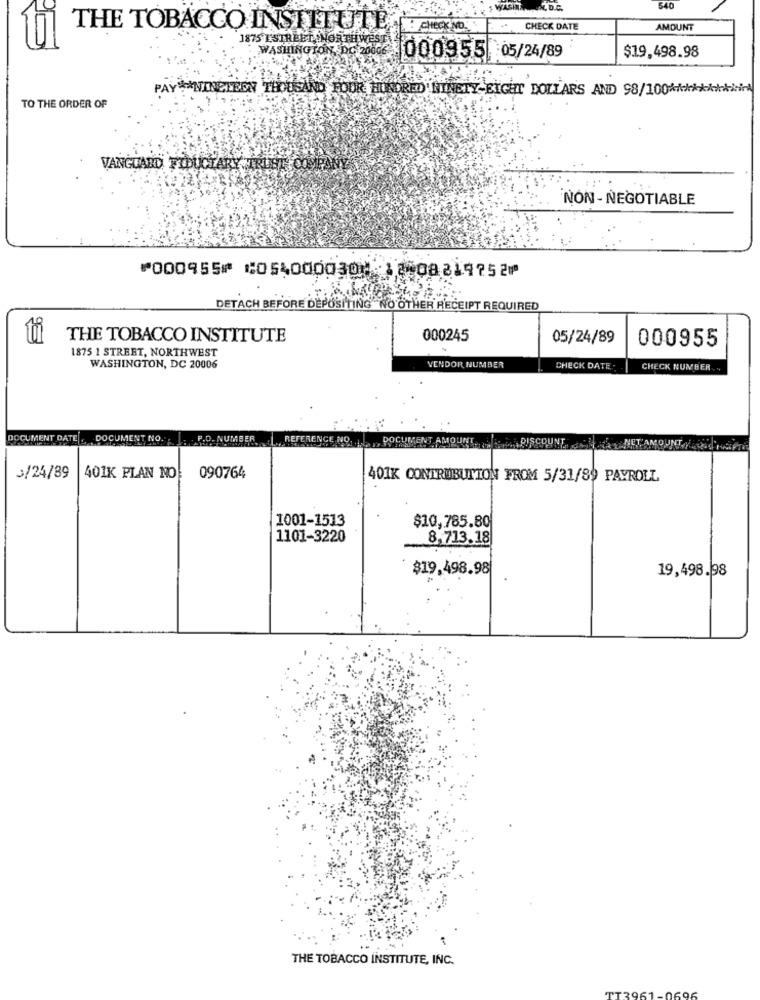
540
THE TOBACCO INSTITUTE . CHECKNO.
CHECK DATE
AMOUNT
1875 ESTREET NORTHWEST
WASHINGTON DC 20606
000955 05/24/89
$19,498.98
PAY*NINETEEN THOUSAND FOUR HUNDRED NINETY-EIGHT DOLLARS AND 98/100 ***
TO THE ORDER OF
VANGUARD FIDUCIARY TRUST COPY
NON- NEGOTIABLE
⑈000955⑈ ⑆054000030⑇ 1008319752⑈
DETACH BEFORE DEPOSITING NO OTHER RECEIPT REQUIRED
tii
THE TOBACCO INSTITUTE
000245
05/24/89
000955
1875 1 STREET, NORTHWEST
WASHINGTON, DC 20006
VENDOR NUMBER
CHECK DATE
CHECK NUMBER
DOCUMENT DATE . DOCUMENT NO. .. P.D.NUMBER REFERENCE NO.
DOC
MOUN
PISCOUNT
NET AMOUNT Y
3/24/89
401K PLAN NO
090764
401K CONTRUBUTION FROM 5/31/89 PAYROLL
1001-1513
$10,785.80
1101-3220
8,713.18
$19,498.98
19,498.98
THE TOBACCO INSTITUTE, INC.
206